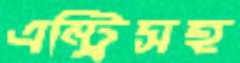
এন্ট্রিসহ